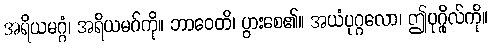
အရိယမဂ္ဂံ၊ အရိယမဂ်ကို။ ဘာဝေတိ၊ ပွားစေ၏။ အယံပုဂ္ဂလော၊ ဤပုဂ္ဂိုလ်ကို။